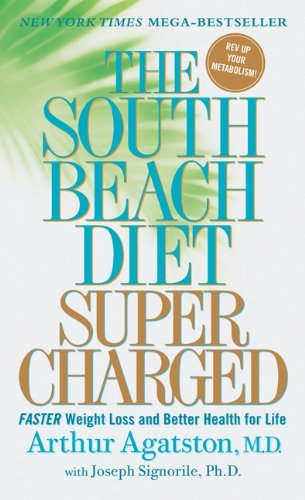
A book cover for By Arthur Agatston The South Beach Diet Supercharged: Faster Weight Loss and Better Health for Life (Reprint); Health, Fitness & Dieting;